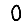
Digit: 0